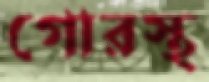
গোরস্থ